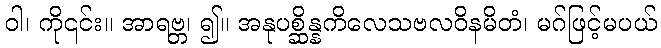
ဝါ၊ ကို၎င်း။ အာရဗ္ဘ၊ ၍။ အနုပစ္ဆိန္နကိလေသဗလဝိနမိတံ၊ မဂ်ဖြင့်မပယ်